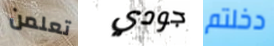
تعلمن جودي دخلتم